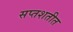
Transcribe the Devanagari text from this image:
सप्तशतीत